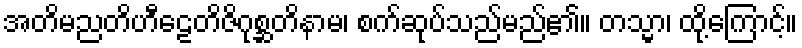
အတိမညတိဟီဠေတိဇိဂုစ္ဆတိနာမ၊ စက်ဆုပ်သည်မည်၏။ တသ္မာ၊ ထို့ကြောင့်။